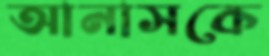
আনাসকে